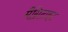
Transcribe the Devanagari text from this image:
मैग्निटाइट